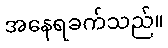
အနေရခက်သည်။